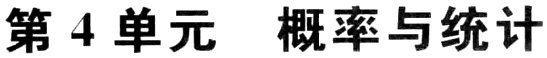
第 4 单元  概率与统计